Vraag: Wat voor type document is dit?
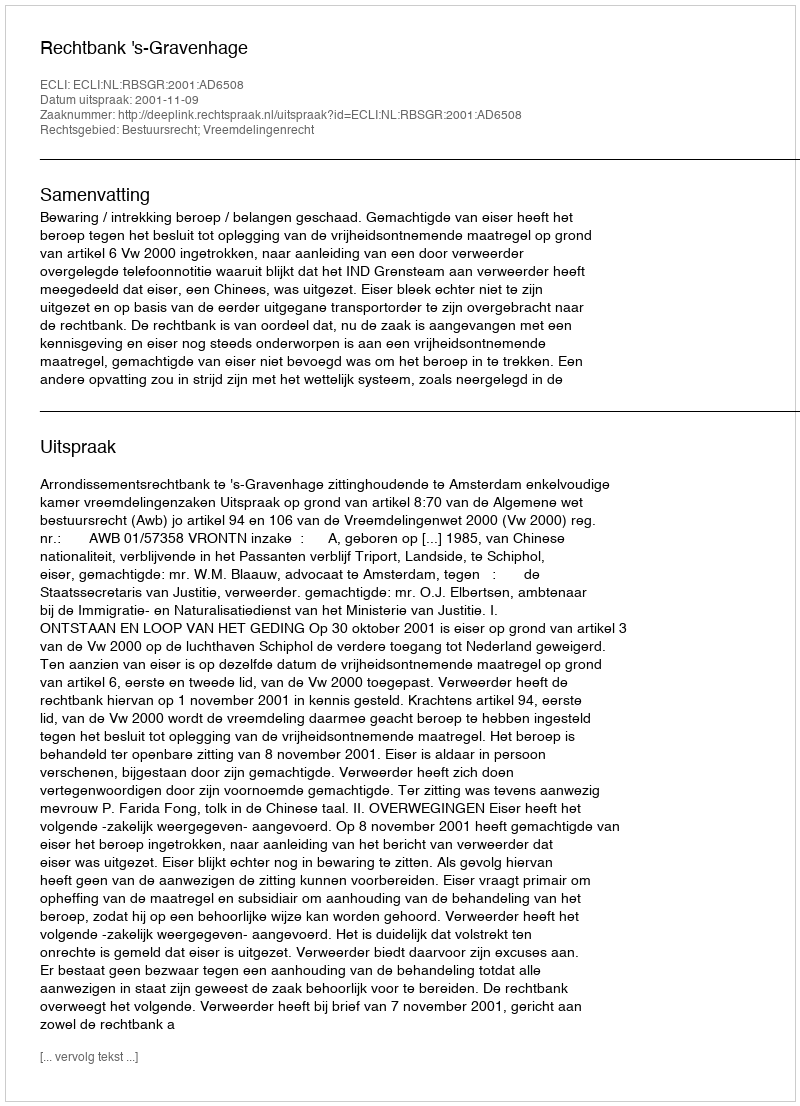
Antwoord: Uitspraak